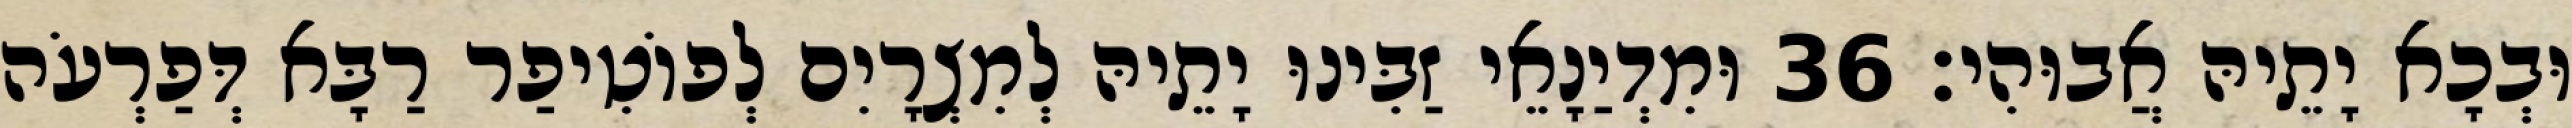
וּבְכָא יָתֵיהּ אֲבוּהִי׃ 36 וּמִדְיַנָאֵי זַבִּינוּ יָתֵיהּ לְמִצְרָיִם לְפוֹטִיפַר רַבָּא דְּפַרְעֹה